38_143685_box7_Incident_Summaries_1-100
Agency: Department of War
Page 88
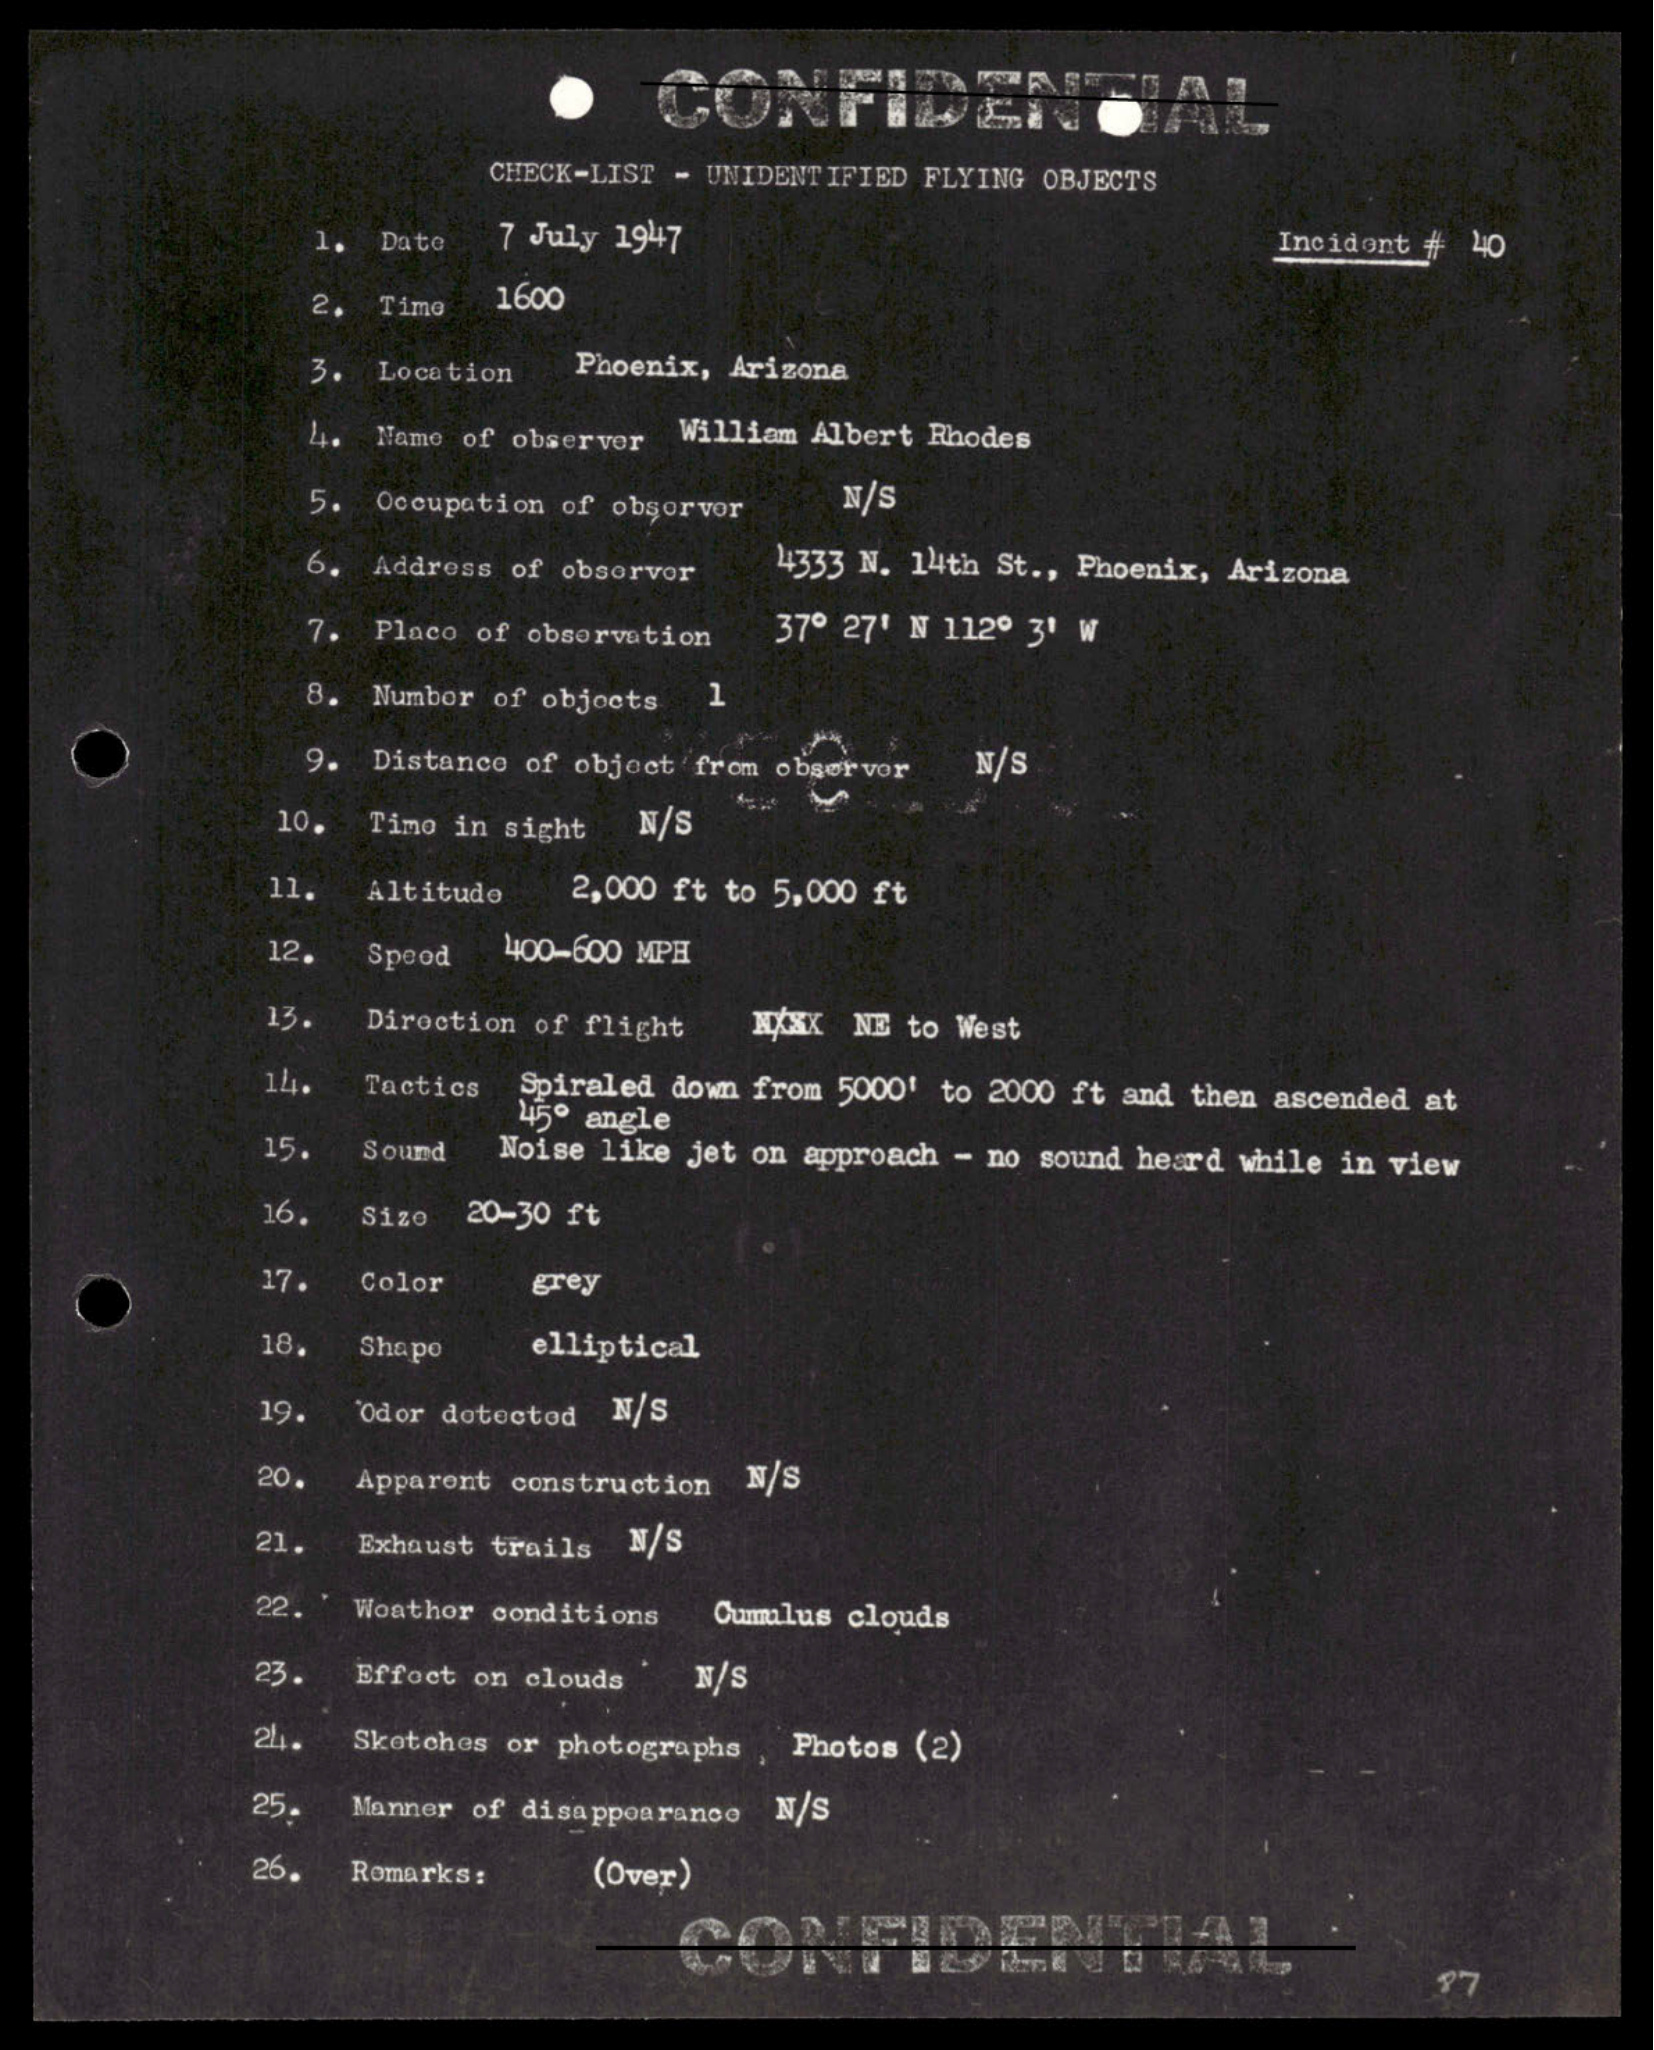